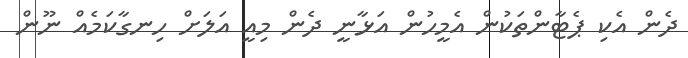
ދެން އެކި ޕެޓާންތަކުން އެމީހުން އަޅާނީ ދެން މިއީ އަލަށް ހިނގާކަމެއް ނޫން